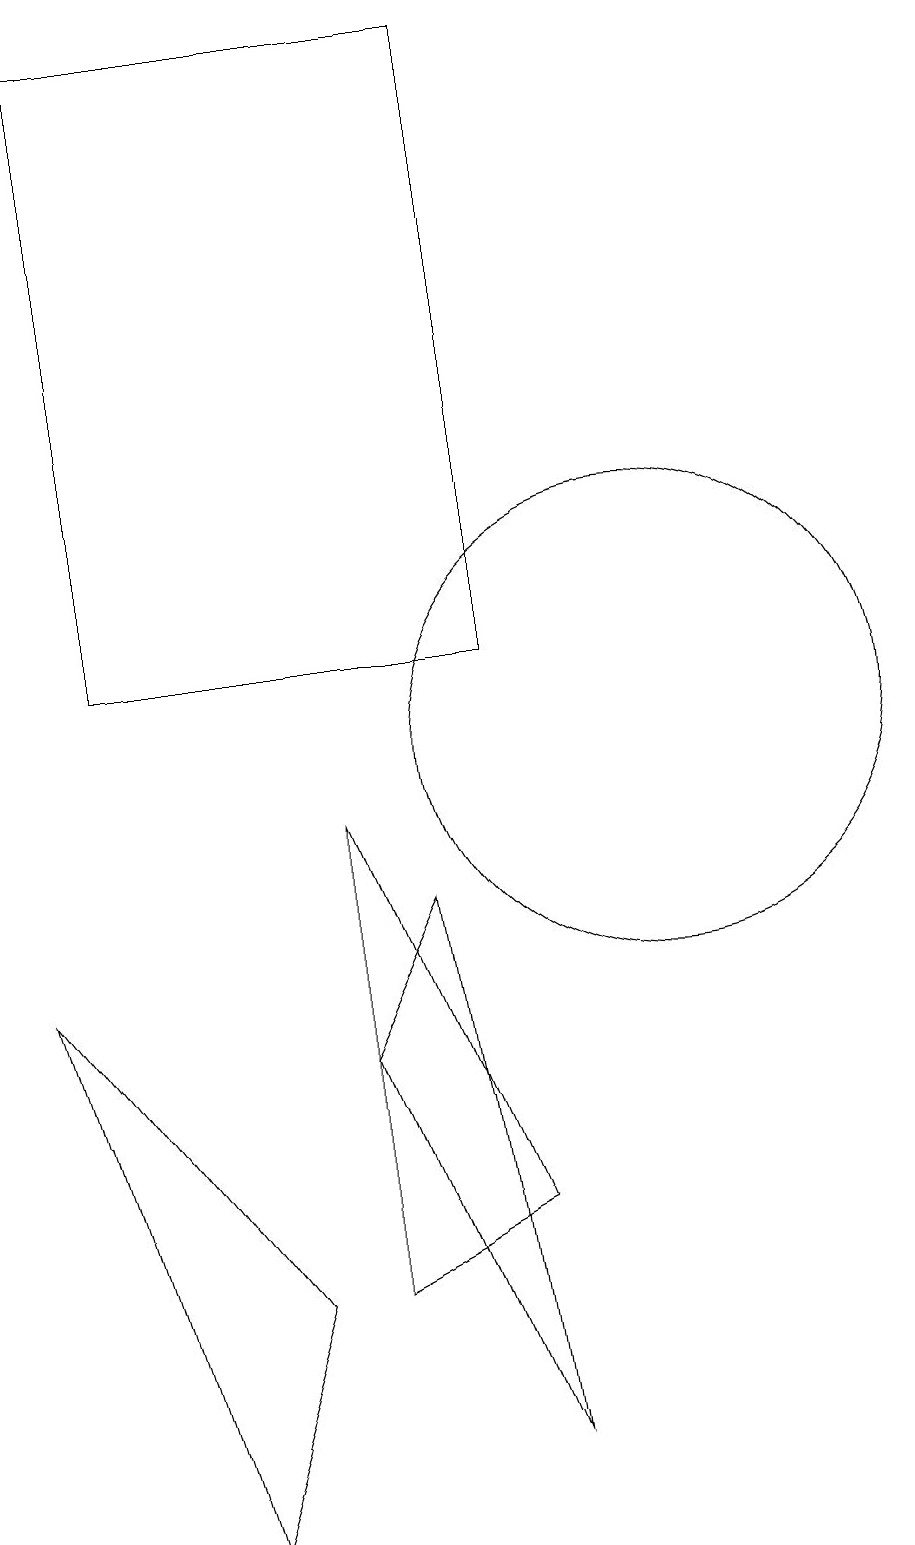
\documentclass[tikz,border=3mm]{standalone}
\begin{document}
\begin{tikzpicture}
\draw (7,6) -- (9,1) -- (8,8) -- cycle;
\draw (5,0) -- (3,7) -- (6,3) -- cycle;
\draw (9,19) rectangle (4,11);
\draw (7,3) -- (9,4) -- (7,9) -- cycle;
\draw (11,10) circle (3);
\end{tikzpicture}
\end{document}